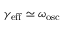
\gamma _ { \mathrm { e f f } } \simeq \omega _ { \mathrm { o s c } }